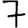
Digit: 7